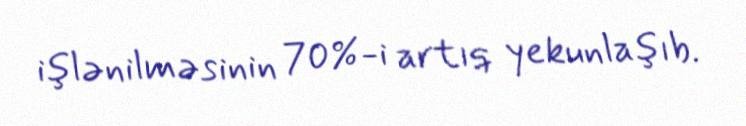
işlənilməsinin 70%-i artıq yekunlaşıb.